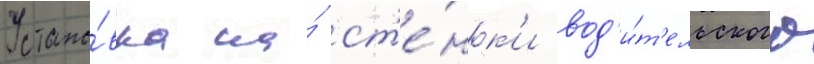
Устано́вка на́ ст'е́нк'и вод'и́т'ельского